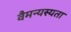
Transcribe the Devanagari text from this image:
वैमन्यस्यता